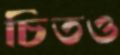
চিতও